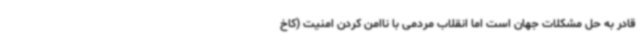
قادر به حل مشکلات جهان است اما انقلاب‌ مردمی با ناامن کردن امنیت (کاخ